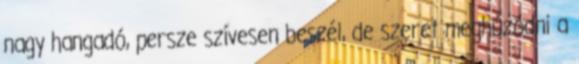
nagy hangadó, persze szívesen beszél, de szeret meghúzódni a